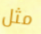
مثل